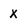
Character: x